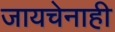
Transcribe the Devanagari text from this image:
जायचेनाही